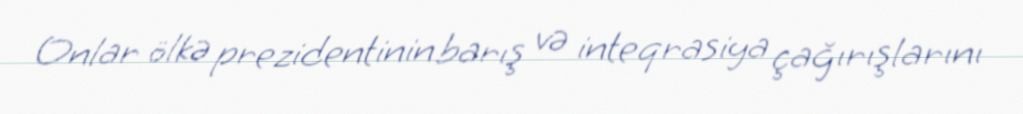
Onlar ölkə prezidentinin barış və inteqrasiya çağırışlarını